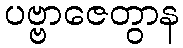
ပဗ္ဗာဇေတွာန